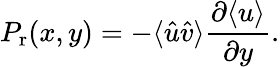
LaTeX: P_{\mathrm{r}}(x,y)=-\langle\hat{u}\hat{v}\rangle\frac{\partial\langle u\rangle}{\partial y}.